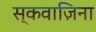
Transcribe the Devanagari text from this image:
स्कवाज़िना